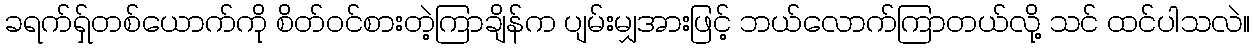
ခရက်ရှ်တစ်ယောက်ကို စိတ်ဝင်စားတဲ့ကြာချိန်က ပျမ်းမျှအားဖြင့် ဘယ်လောက်ကြာတယ်လို့ သင် ထင်ပါသလဲ။